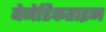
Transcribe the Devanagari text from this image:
बेनेडिकताइन